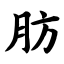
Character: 肪